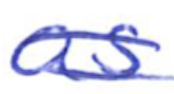
Text: as
Cross-out: double-line
Writing tool: ballpoint